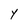
Character: Y